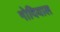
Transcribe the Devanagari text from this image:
गोदियाल